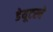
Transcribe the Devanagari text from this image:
डेयूटस्चे